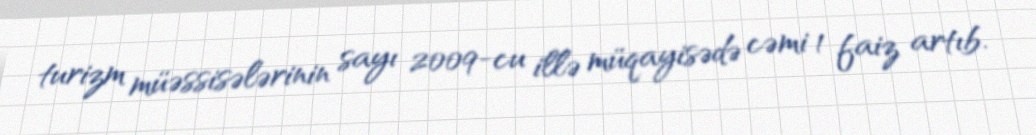
turizm müəssisələrinin sayı 2009-cu illə müqayisədə cəmi 1 faiz artıb.